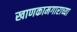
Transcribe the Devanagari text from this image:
खाणकामगाराच्या